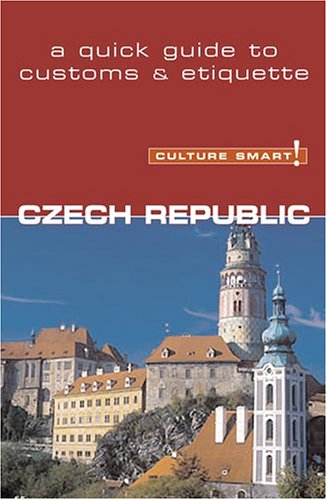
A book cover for Culture Smart! Czech Republic (Culture Smart! The Essential Guide to Customs & Culture); Nicole Rosenleaf Ritter; Travel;